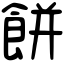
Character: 餅